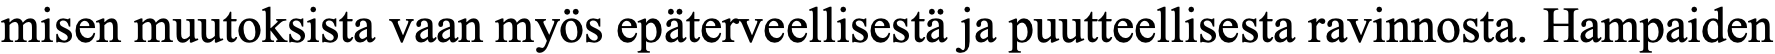
misen muutoksista vaan myös epäterveellisestä ja puutteellisesta ravinnosta. Hampaiden